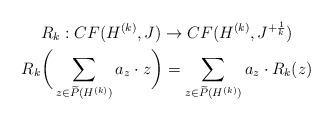
LaTeX: \begin{gather*}R_k:CF(H^{(k)},J) \rightarrow CF(H^{(k)},J^{+\frac{1}{k}}) \\R_k\bigg(\sum_{z\in \widetilde{P}(H^{(k)})}a_z\cdot z\bigg)= \sum_{z\in \widetilde{P}(H^{(k)})}a_z\cdot R_k(z)\end{gather*}